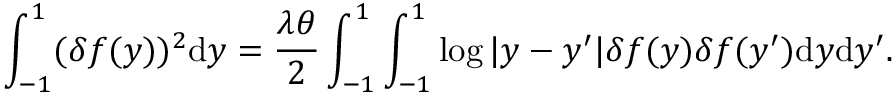
\int _ { - 1 } ^ { 1 } ( \delta f ( y ) ) ^ { 2 } \mathrm { d } y = \frac { \lambda \theta } { 2 } \int _ { - 1 } ^ { 1 } \int _ { - 1 } ^ { 1 } \log | y - y ^ { \prime } | \delta f ( y ) \delta f ( y ^ { \prime } ) \mathrm { d } y \mathrm { d } y ^ { \prime } .